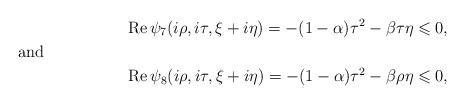
LaTeX: \begin{align*}\operatorname{Re}\psi_7(i\rho,i\tau,\xi+i\eta)=-(1-\alpha)\tau^2-\beta\tau\eta\leqslant 0,\shortintertext{and }\operatorname{Re}\psi_8(i\rho,i\tau, \xi+i\eta)=-(1-\alpha)\tau^2-\beta\rho\eta \leqslant 0,\end{align*}